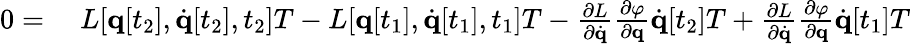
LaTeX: \begin{array}{rl}{0={}}&{{}L[\mathbf{q}[t_{2}],{\dot{\mathbf{q}}}[t_{2}],t_{2}]T-L[\mathbf{q}[t_{1}],{\dot{\mathbf{q}}}[t_{1}],t_{1}]T-{\frac{\partial L}{\partial{\dot{\mathbf{q}}}}}{\frac{\partial\varphi}{\partial\mathbf{q}}}{\dot{\mathbf{q}}}[t_{2}]T+{\frac{\partial L}{\partial{\dot{\mathbf{q}}}}}{\frac{\partial\varphi}{\partial\mathbf{q}}}{\dot{\mathbf{q}}}[t_{1}]T}\end{array}